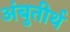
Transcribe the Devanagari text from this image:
अंबुतीर्थ